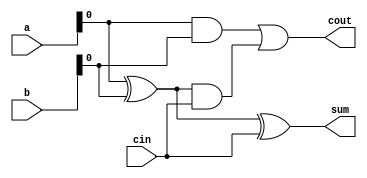
module full_adder(
input wire [31:0]a,
input wire[31:0]b,
input wire cin,
output wire cout,
output wire sum
    );
wire cout2,cout3,sum1;

 assign #20 sum1 = (a^b);
 
 
 assign #15 cout2 = ((a&b));
 assign #15 cout3 = (sum1&(cin));
 
 assign #15 cout = (cout2 | cout3);
 assign #20 sum = (sum1^cin);
    
endmodule